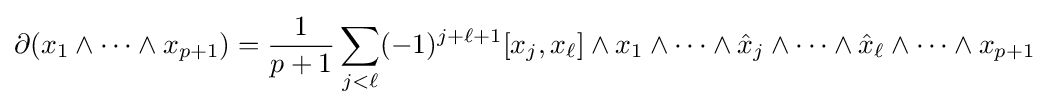
\partial (x_{1}\wedge \cdots \wedge x_{p+1})={\frac {1}{p+1}}\sum _{j<\ell }(-1)^{j+\ell +1}[x_{j},x_{\ell }]\wedge x_{1}\wedge \cdots \wedge {\hat {x}}_{j}\wedge \cdots \wedge {\hat {x}}_{\ell }\wedge \cdots \wedge x_{p+1}